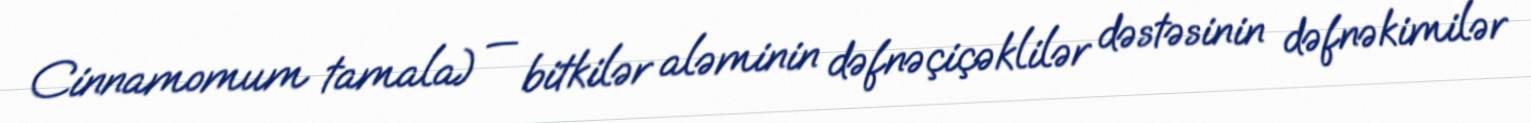
Cinnamomum tamala) — bitkilər aləminin dəfnəçiçəklilər dəstəsinin dəfnəkimilər